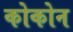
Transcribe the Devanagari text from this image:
कोकोन